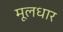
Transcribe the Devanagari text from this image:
मूलधार